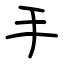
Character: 手